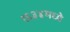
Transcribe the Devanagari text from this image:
१६३४मध्ये